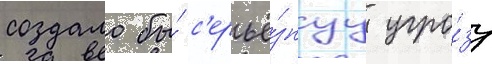
создало бы́ с'ерьё́знуу угро́зу